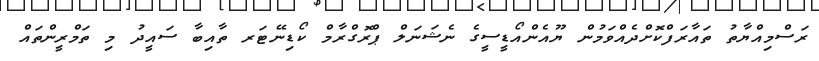
ރަސްމިއްޔާތު ތައާރަފްކޮށްދެއްވަމުން ޔޫއެންއޯޑީސީގެ ނެޝަނަލް ޕްރޮގްރާމް ކޯޑިނޭޓަރ ތާއިބާ ސައީދު މި ތަމްރީންތައް